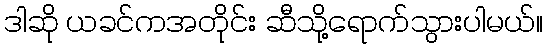
ဒါဆို ယခင်ကအတိုင်း ဆီသို့ရောက်သွားပါမယ်။